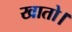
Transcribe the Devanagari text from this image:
खातो।